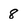
Character: 8